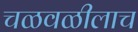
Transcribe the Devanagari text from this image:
चळवळीलाच